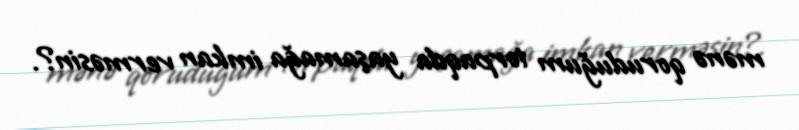
mənə qoruduğum torpaqda yaşamağa imkan verməsin?.